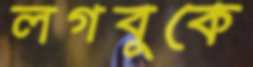
লগবুকে